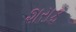
શરાફ